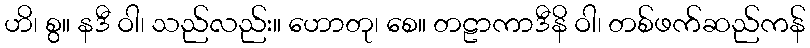
ဟိ၊ စွ။ နဒီ ဝါ၊ သည်လည်း။ ဟောတု၊ စေ။ တဠာကာဒီနိ ဝါ၊ တစ်ဖက်ဆည်ကန်